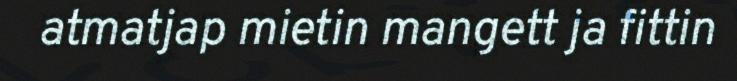
atmatjap mietin mangett ja fittin